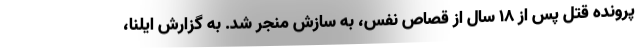
پرونده قتل پس از ۱۸ سال از قصاص نفس، به سازش منجر شد. به گزارش ایلنا،